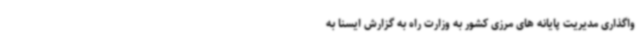
واگذاری مدیریت پایانه های مرزی کشور به وزارت راه به گزارش ایسنا به